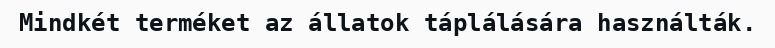
Mindkét terméket az állatok táplálására használták.